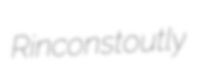
Rincon stoutly